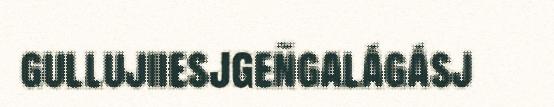
gullujiiesjgeñgalágásj